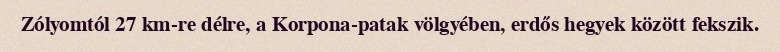
Zólyomtól 27 km-re délre, a Korpona-patak völgyében, erdős hegyek között fekszik.